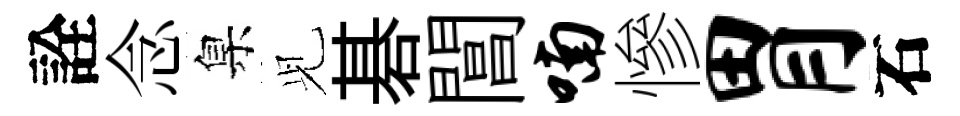
詮念臬𫤗碁閶喃慘胃石